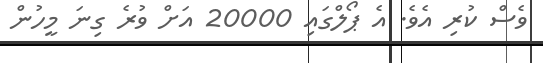
ވެސް ކުރި އެވެ. އެ ޕޯލްގައި 20000 އަށް ވުރެ ގިނަ މީހުން